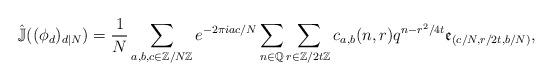
LaTeX: \begin{align*}\hat{\mathbb{J}}((\phi_d)_{d | N}) = \frac{1}{N} \sum_{a, b, c \in \mathbb{Z}/N\mathbb{Z}} e^{-2\pi i a c / N} \sum_{n \in \mathbb{Q}} \sum_{r \in \mathbb{Z}/2t\mathbb{Z}} c_{a, b}(n, r) q^{n - r^2 / 4t} \mathfrak{e}_{(c/N, r/2t, b/N)},\end{align*}